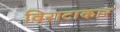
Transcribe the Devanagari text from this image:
विराटाकार